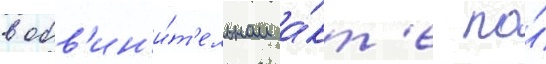
в обв'ин'и́т'ельном а́кт'е по́